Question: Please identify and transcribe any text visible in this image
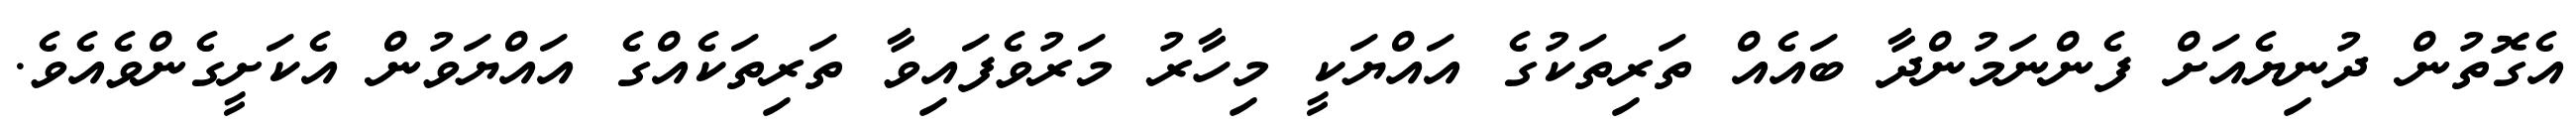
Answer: އެގޮތުން ދުނިޔެއަށް ފެންނަމުންދާ ބައެއް ތަރިތަކުގެ އައްޔަކީ މިހާރު މަރުވެފައިވާ ތަރިތަކެއްގެ އައްޔަވުން އެކަށީގެންވެއެވެ.